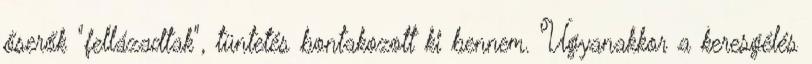
őserők "fellázadtak", tüntetés bontakozott ki bennem. Ugyanakkor a keresgélés